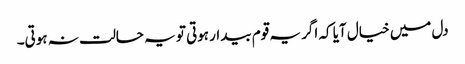
دل میں خیال آیا کہ اگر یہ قوم بیدار ہوتی تو یہ حالت نہ ہوتی۔